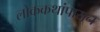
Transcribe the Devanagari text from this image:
लोककथांपासून